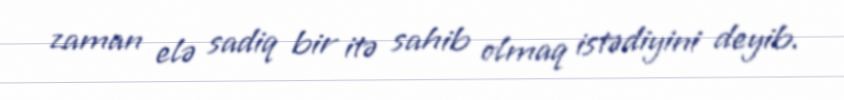
zaman elə sadiq bir itə sahib olmaq istədiyini deyib.